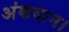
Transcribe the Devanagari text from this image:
अंशदान।